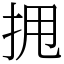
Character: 𫝺